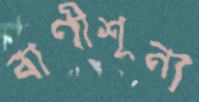
বাণীশূন্য